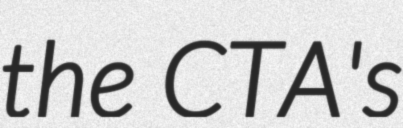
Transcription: the CTA's